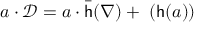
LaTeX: a \cdot { \mathcal { D } } = a \cdot { \bar { \mathsf { h } } } ( \nabla ) + { \mathsf { \Omega } } ( { \mathsf { h } } ( a ) )